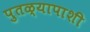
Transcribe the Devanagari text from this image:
पुतळ्यापाशी